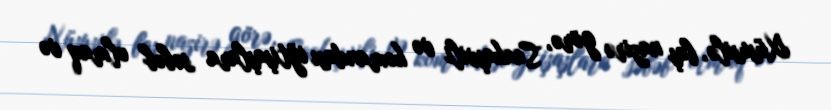
Xüsusilə, baş nazirə görə, Saakaşvili və komandası iğtişaşlara səbəb olmaq və